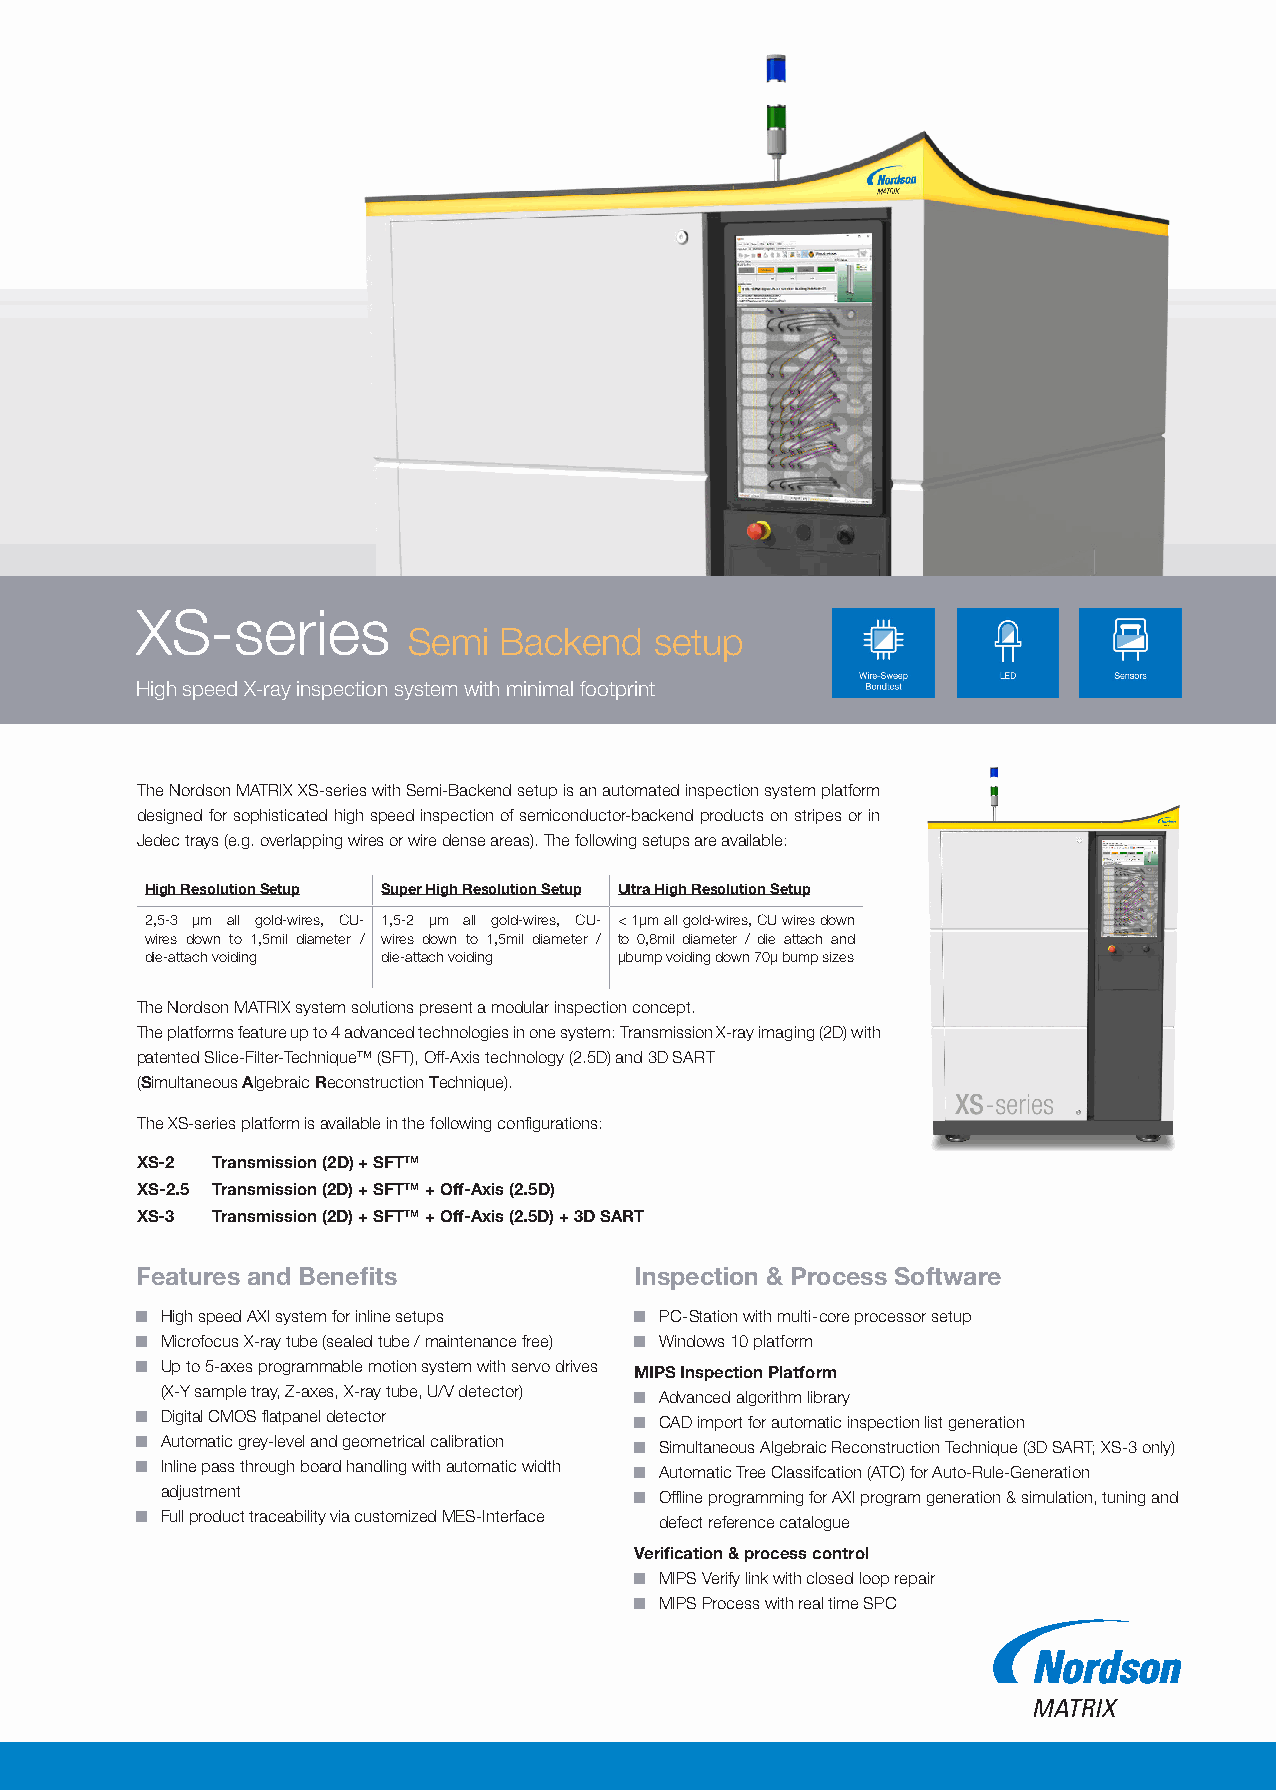
XS-series
 Semi  Backend   setup
 High speed X-ray inspection system with minimal footprint
 The Nordson MATRIX XS-series with Semi-Backend setup is an automated inspection system platform
 designed for sophisticated high speed inspection of semiconductor-backend products on stripes or in
 Jedec trays (e.g. overlapping wires or wire dense areas). The following setups are available:
 High Resolution Setup Super High Resolution Setup Ultra High Resolution Setup
 2,5-3 µm all gold-wires, CU- 1,5-2 µm all gold-wires, CU- < 1µm all gold-wires, CU wires down
 wires down to 1,5mil diameter / wires down to 1,5mil diameter / to 0,8mil diameter / die attach and
 die-attach voiding die-attach voiding µbump voiding down 70µ bump sizes
 The Nordson MATRIX system solutions present a modular inspection concept.
 The platforms feature up to 4 advanced technologies in one system: Transmission X-ray imaging (2D) with
 patented Slice-Filter-Technique™ (SFT), Off-Axis technology (2.5D) and 3D SART
 (Simultaneous Algebraic Reconstruction Technique).
 The XS-series platform is available in the following configurations:
 XS-2 Transmission (2D) + SFTTM
 XS-2.5 Transmission (2D) + SFTTM + Off-Axis (2.5D)
 XS-3 Transmission (2D) + SFTTM + Off-Axis (2.5D) + 3D SART
 Features and Benefits            Inspection & Process Software
 High speed AXI system for inline setups PC- Station with multi - core processor setup
 Microfocus X-ray tube (sealed tube / maintenance free) Windows 10 platform
 Up to 5-axes programmable motion system with servo drives MIPS Inspection Platform
 (X-Y sample tray, Z-axes, X-ray tube, U/V detector) Advanced algorithm library
 Digital CMOS flatpanel detector  CAD import for automatic inspection list generation
 Automatic grey-level and geometrical calibration Simultaneous Algebraic Reconstruction Technique (3D SART; XS-3 only)
 Inline pass through board handling with automatic width Automatic Tree Classifcation (ATC) for Auto-Rule-Generation
 adjustment                       Offline programming for AXI program generation & simulation, tuning and
 Full product traceability via customized MES-Interface defect reference catalogue
 Verification & process control
 MIPS Verify link with closed loop repair
 MIPS Process with real time SPC